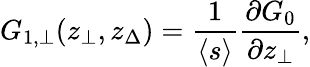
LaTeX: G_{1,\bot}(z_{\bot},z_{\Delta})=\frac{1}{\langle s\rangle}\frac{\partial G_{0}}{\partial z_{\bot}},